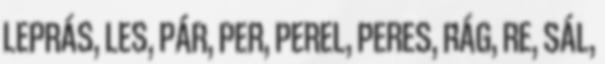
LEPRÁS, LES, PÁR, PER, PEREL, PERES, RÁG, RE, SÁL,